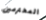
المحترمين